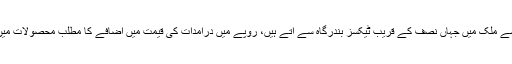
پاکستان جیسے ملک میں جہاں نصف کے قریب ٹیکسز بندرگاہ سے آتے ہیں، روپے میں درآمدات کی قیمت میں اضافے کا مطلب محصولات میں اضافہ تھا۔